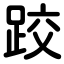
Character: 跤